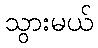
သွားမယ်